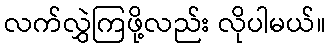
လက်လွှဲကြဖို့လည်း လိုပါမယ်။